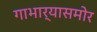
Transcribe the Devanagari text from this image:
गाभार्‍यासमोर